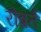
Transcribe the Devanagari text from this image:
रोब्रर्त